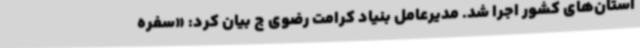
استان‌های کشور اجرا شد. مدیرعامل بنیاد کرامت رضوی ج بیان کرد: «سفره